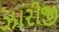
ઝારીજી